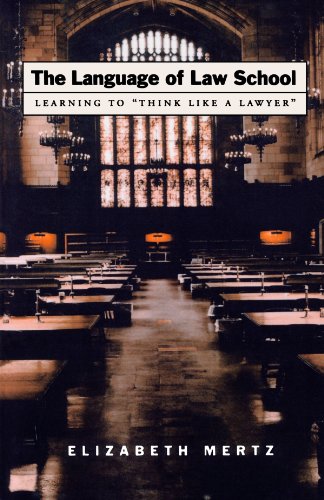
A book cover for The Language of Law School: Learning to "Think Like a Lawyer"; Elizabeth Mertz; Law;